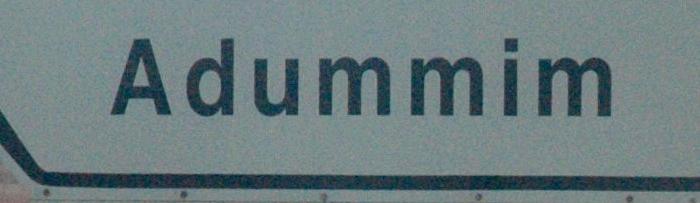
adummim